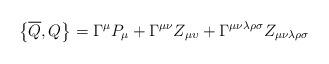
LaTeX: \begin{align*}\left\{ \overline{Q},Q\right\} =\Gamma ^{\mu }P_{\mu }+\Gamma ^{\mu \nu}Z_{\mu \upsilon }+\Gamma ^{\mu \nu \lambda \rho \sigma }Z_{\mu \nu \lambda\rho \sigma } \end{align*}